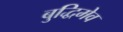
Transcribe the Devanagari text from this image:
बुद्धिमेव